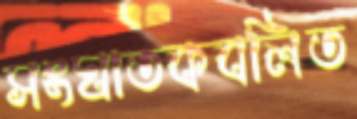
সংঘাতকবলিত